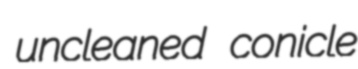
uncleaned conicle